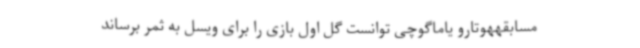
مسابقههوتارو یاماگوچی توانست گل اول بازی را برای ویسل به ثمر برساند